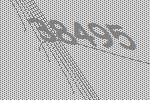
38495